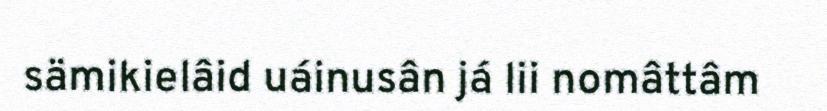
sämikielâid uáinusân já lii nomâttâm